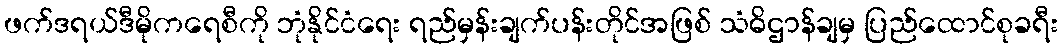
ဖက်ဒရယ်ဒီမိုကရေစီကို ဘုံနိုင်ငံရေး ရည်မှန်းချက်ပန်းတိုင်အဖြစ် သံဓိဌာန်ချမှ ပြည်ထောင်စုခရီး